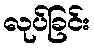
လုပ်ခြင်း